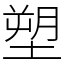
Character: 塑